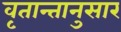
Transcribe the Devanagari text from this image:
वृतान्तानुसार